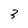
Character: 3